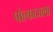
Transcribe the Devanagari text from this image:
पोल्काजला